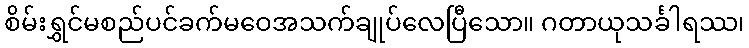
စိမ်းရွှင်မစည်ပင်ခက်မဝေအသက်ချုပ်လေပြီသော။ ဂတာယုသင်္ခါရဿ၊